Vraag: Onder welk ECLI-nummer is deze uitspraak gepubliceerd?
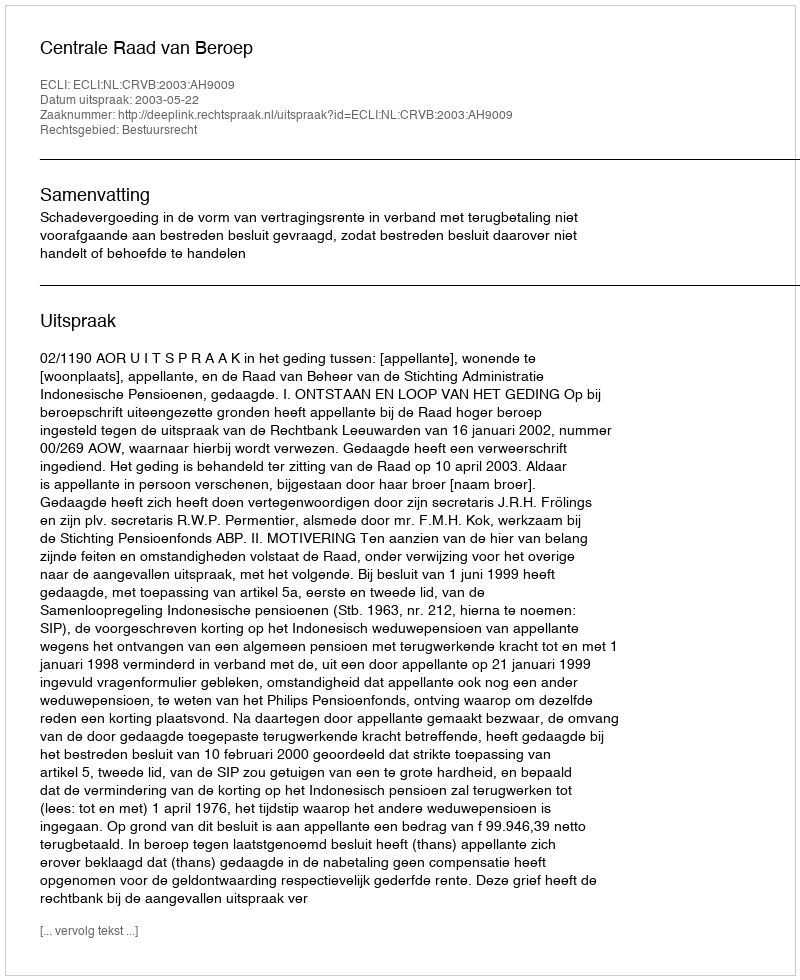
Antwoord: ECLI:NL:CRVB:2003:AH9009